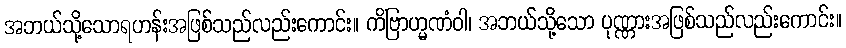
အဘယ်သို့သောရဟန်းအဖြစ်သည်လည်းကောင်း။ ကိံဗြာဟ္မဏံဝါ၊ အဘယ်သို့သော ပုဏ္ဏားအဖြစ်သည်လည်းကောင်း။